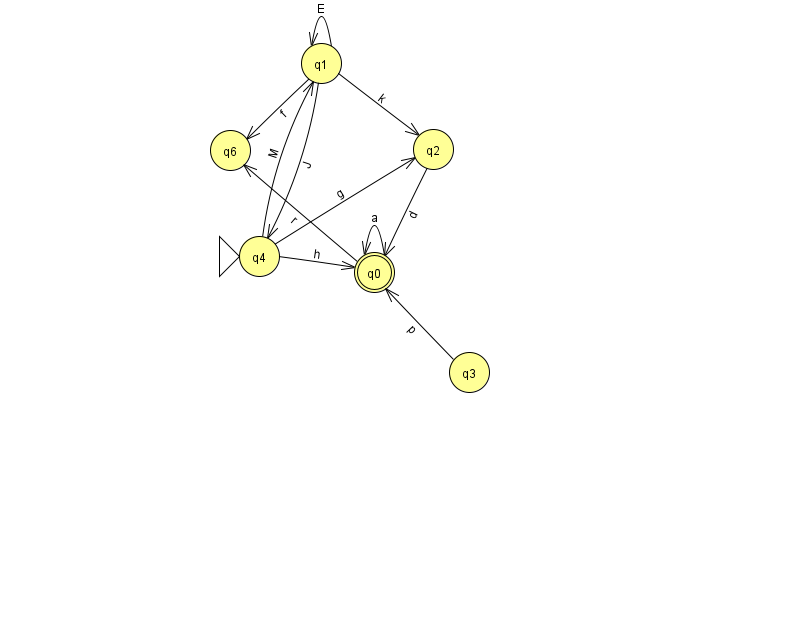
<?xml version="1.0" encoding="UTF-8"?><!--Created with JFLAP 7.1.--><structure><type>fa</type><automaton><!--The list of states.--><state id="0" name="q0"><x>374.0</x><y>259.0</y><final/></state><state id="1" name="q1"><x>321.0</x><y>50.0</y></state><state id="2" name="q2"><x>433.0</x><y>136.0</y></state><state id="3" name="q3"><x>469.0</x><y>359.0</y></state><state id="4" name="q4"><x>259.0</x><y>243.0</y><initial/></state><state id="6" name="q6"><x>230.0</x><y>137.0</y></state><!--The list of transitions.--><transition><from>0</from><to>0</to><read>a</read></transition><transition><from>1</from><to>6</to><read>f</read></transition><transition><from>4</from><to>0</to><read>h</read></transition><transition><from>1</from><to>1</to><read>E</read></transition><transition><from>4</from><to>2</to><read>g</read></transition><transition><from>1</from><to>2</to><read>k</read></transition><transition><from>1</from><to>4</to><read>J</read></transition><transition><from>0</from><to>6</to><read>r</read></transition><transition><from>3</from><to>0</to><read>p</read></transition><transition><from>4</from><to>1</to><read>M</read></transition><transition><from>2</from><to>0</to><read>d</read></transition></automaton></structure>